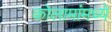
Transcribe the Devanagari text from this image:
कोलामांमध्ये